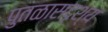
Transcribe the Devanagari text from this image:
पुतळासदृश्य